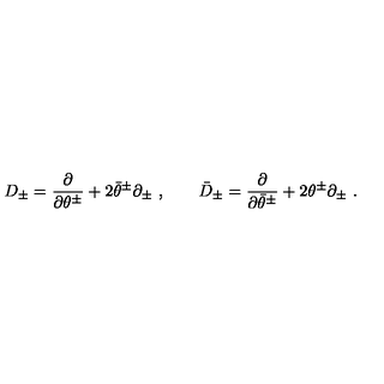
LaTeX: D _ { \pm } = \frac { \partial } { \partial \theta ^ { \pm } } + 2 \bar { \theta } ^ { \pm } \partial _ { \pm } \ , \qquad \bar { D } _ { \pm } = \frac { \partial } { \partial \bar { \theta } ^ { \pm } } + 2 { \theta } ^ { \pm } \partial _ { \pm } \ .